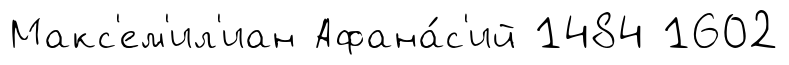
Макс'ем'ил'иан Афана́с'ий 1484 1602